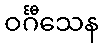
ဝင်္ဂီသေန